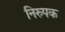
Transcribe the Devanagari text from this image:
निस्र्पक